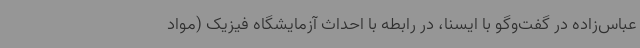
عباس‌زاده در گفت‌وگو با ایسنا، در رابطه با احداث آزمایشگاه فیزیک (مواد